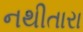
નથીતારા